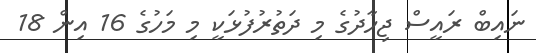
ނައިބް ރައީސް ޖިހާދުގެ މި ދަތުރުފުޅަކީ މި މަހުގެ 16 އިން 18